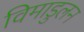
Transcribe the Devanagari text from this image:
विमाडुलन